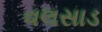
વલસાડ